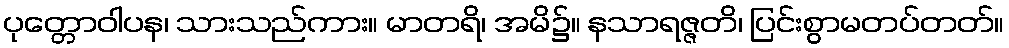
ပုတ္တောဝါပန၊ သားသည်ကား။ မာတရိ၊ အမိ၌။ နသာရဇ္ဇတိ၊ ပြင်းစွာမတပ်တတ်။